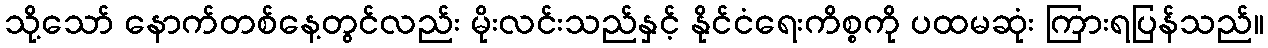
သို့သော် နောက်တစ်နေ့တွင်လည်း မိုးလင်းသည်နှင့် နိုင်ငံရေးကိစ္စကို ပထမဆုံး ကြားရပြန်သည်။